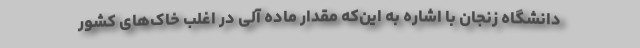
دانشگاه زنجان با اشاره به این‌که مقدار ماده آلی در اغلب خاک‌های کشور